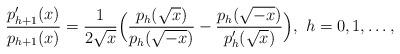
LaTeX: \begin{align*}\frac{p'_{h+1}(x)}{p_{h+1}(x)}=\frac{1}{2\sqrt x}\Big(\frac{p_h(\sqrt x)}{p_h(\sqrt{-x})}-\frac{p_h(\sqrt {-x})}{p'_h(\sqrt x)}\Big),~h=0,1,\dots, \end{align*}